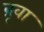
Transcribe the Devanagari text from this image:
ब्रूवा